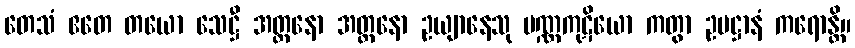
တေသံ ဧတေ တယော သေဋ္ဌီ အတ္တနော အတ္တနော ဥယျာနေသု ပဏ္ဏကုဋိယော ကတွာ ဥပဋ္ဌာနံ ကရောန္တိ။